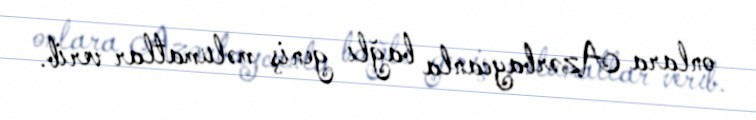
onlara Azərbaycanla bağlı geniş məlumatlar verib.